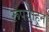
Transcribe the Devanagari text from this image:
रूपयांहून